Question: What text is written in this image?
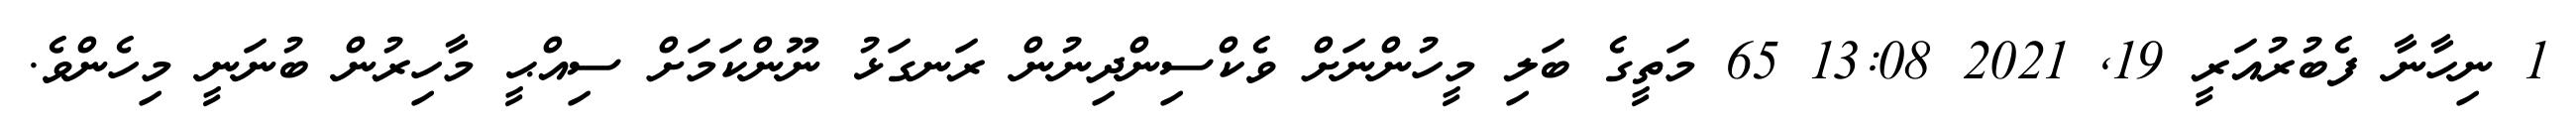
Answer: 1 ނިހާނާ ފެބުރުއަރީ 19, 2021 13:08 65 މަތީގެ ބަލި މީހުންނަށް ވެކްސިންދިނުން ރަނގަޅު ނޫންކަމަށް ސިއްޙީ މާހިރުން ބުނަނީ މިހެންވެ.